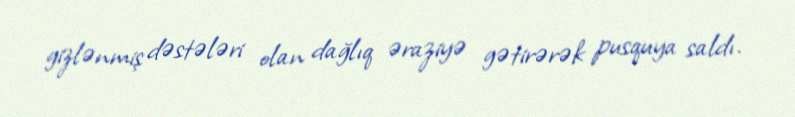
gizlənmiş dəstələri olan dağlıq əraziyə gətirərək pusquya saldı.